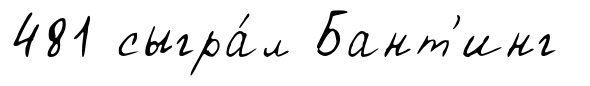
481 сыгра́л Бант'инг